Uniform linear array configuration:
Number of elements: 32
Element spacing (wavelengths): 0.25
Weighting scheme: cosine
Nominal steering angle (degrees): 60
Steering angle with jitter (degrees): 60.961
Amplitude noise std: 0.05
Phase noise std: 0.05

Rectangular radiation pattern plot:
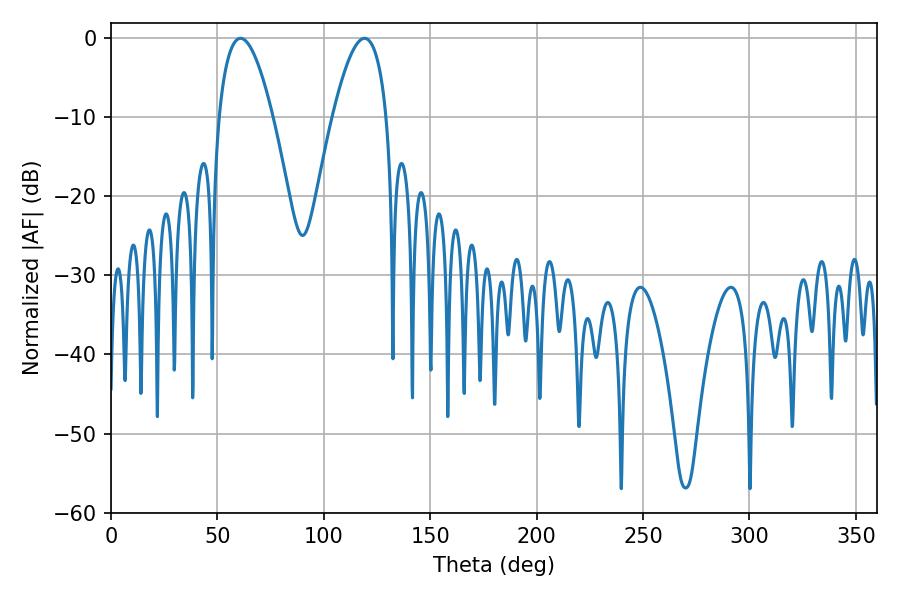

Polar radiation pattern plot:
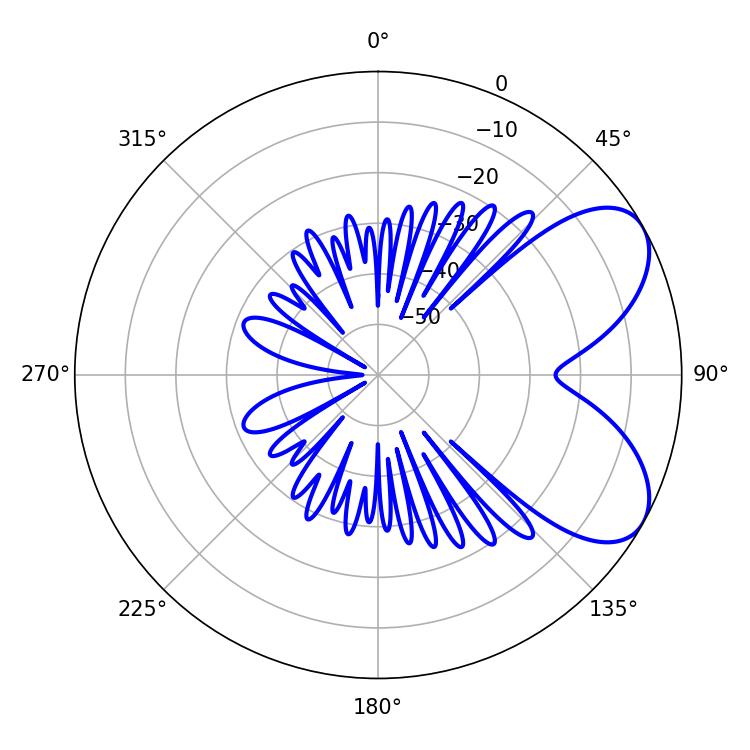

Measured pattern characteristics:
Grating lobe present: FALSE
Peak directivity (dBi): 6.349
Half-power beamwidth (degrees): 13.86
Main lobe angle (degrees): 60.84